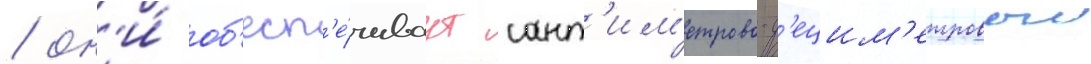
/ он'и́ об'есп'е́чиваут сант'им'етрово-д'ецим'етровыи